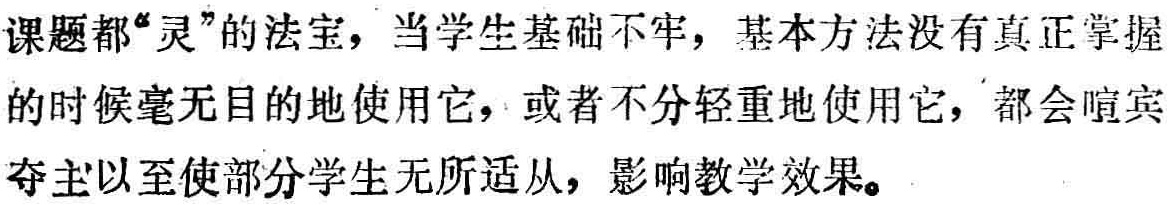
课题都``灵''的法宝，当学生基础不牢，基本方法没有真正掌握的时候毫无目的地使用它，或者不分轻重地使用它，都会喧宾夺主以至使部分学生无所适从，影响教学效果。